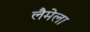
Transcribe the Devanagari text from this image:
लैमेला